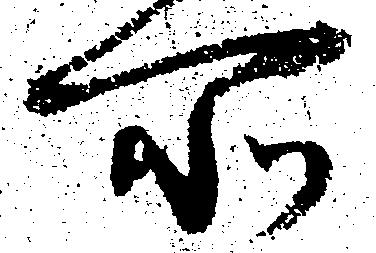
所